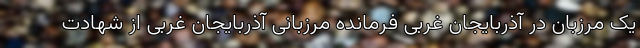
یک مرزبان در آذربایجان غربی فرمانده مرزبانی آذربایجان غربی از شهادت